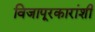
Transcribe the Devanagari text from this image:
विजापूरकारांशी